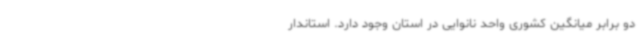
دو برابر میانگین کشوری واحد نانوایی در استان وجود دارد. استاندار